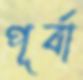
পূর্বা